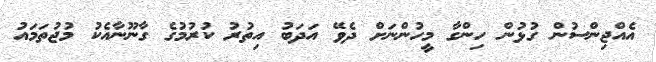
އެއްޖިންސުން ގުޅުން ހިންގާ މީހުންނަށް ދެވޭ އަދަބު އިތުރު ކުރުމުގެ ގާނޫނާއެކު މުޖުތަމައު